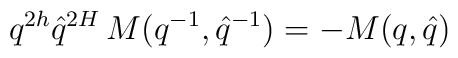
q^{2h}\hat{q}^{2H}\,M(q^{-1},\hat{q}^{-1})=-M(q,\hat{q})